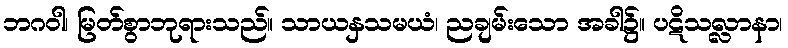
ဘဂဝါ၊ မြတ်စွာဘုရားသည်။ သာယနှသမယံ၊ ညချမ်းသော အခါ၌။ ပဋိသလ္လာနာ၊